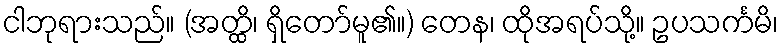
ငါဘုရားသည်။ (အတ္ထိ၊ ရှိတော်မူ၏။) တေန၊ ထိုအရပ်သို့။ ဥပသင်္ကမိ၊